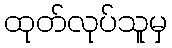
ထုတ်လုပ်သူမှ